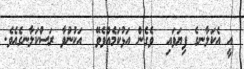
އީ އެކަލާނގެ ފިޔަވައި  ވެގެން އަޅުކަމެއްވެވޭ  އަކުނުވާ ރަސްކަލާނގެއެވެ.